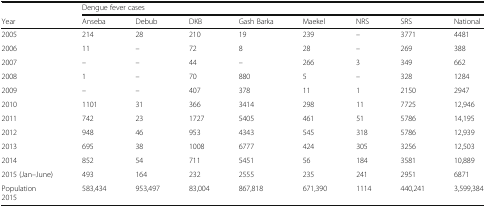
<table><thead><tr><td>[EMPTY_CELL]</td><td colspan="8"><b>Dengue fever cases</b></td></tr><tr><td><b>Year</b></td><td><b>Anseba</b></td><td><b>Debub</b></td><td><b>DKB</b></td><td><b>Gash Barka</b></td><td><b>Maekel</b></td><td><b>NRS</b></td><td><b>SRS</b></td><td><b>National</b></td></tr></thead><tbody><tr><td>2005</td><td>214</td><td>28</td><td>210</td><td>19</td><td>239</td><td>–</td><td>3771</td><td>4481</td></tr><tr><td>2006</td><td>11</td><td>–</td><td>72</td><td>8</td><td>28</td><td>–</td><td>269</td><td>388</td></tr><tr><td>2007</td><td>–</td><td>–</td><td>44</td><td>–</td><td>266</td><td>3</td><td>349</td><td>662</td></tr><tr><td>2008</td><td>1</td><td>–</td><td>70</td><td>880</td><td>5</td><td>–</td><td>328</td><td>1284</td></tr><tr><td>2009</td><td>–</td><td>–</td><td>407</td><td>378</td><td>11</td><td>1</td><td>2150</td><td>2947</td></tr><tr><td>2010</td><td>1101</td><td>31</td><td>366</td><td>3414</td><td>298</td><td>11</td><td>7725</td><td>12,946</td></tr><tr><td>2011</td><td>742</td><td>23</td><td>1727</td><td>5405</td><td>461</td><td>51</td><td>5786</td><td>14,195</td></tr><tr><td>2012</td><td>948</td><td>46</td><td>953</td><td>4343</td><td>545</td><td>318</td><td>5786</td><td>12,939</td></tr><tr><td>2013</td><td>695</td><td>38</td><td>1008</td><td>6777</td><td>424</td><td>305</td><td>3256</td><td>12,503</td></tr><tr><td>2014</td><td>852</td><td>54</td><td>711</td><td>5451</td><td>56</td><td>184</td><td>3581</td><td>10,889</td></tr><tr><td>2015 (Jan–June)</td><td>493</td><td>164</td><td>232</td><td>2555</td><td>235</td><td>241</td><td>2951</td><td>6871</td></tr><tr><td>Population2015</td><td>583,434</td><td>953,497</td><td>83,004</td><td>867,818</td><td>671,390</td><td>1114</td><td>440,241</td><td>3,599,384</td></tr></tbody></table>